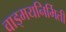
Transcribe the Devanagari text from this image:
वाड्मयनिर्मिती